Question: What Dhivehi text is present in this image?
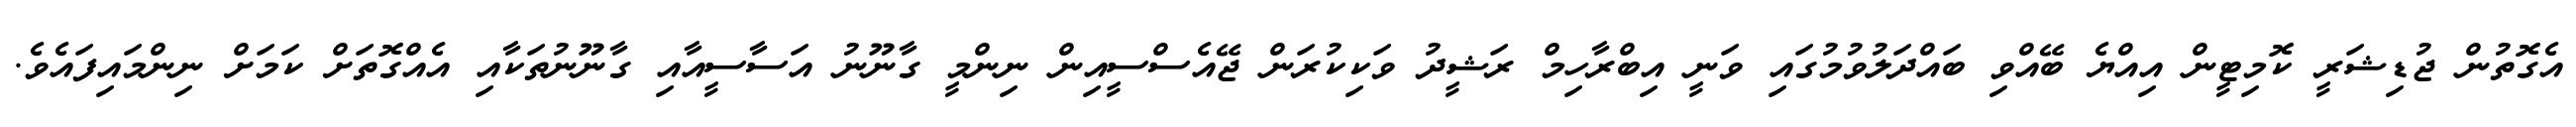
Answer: އެގޮތުން ޖުޑިޝަރީ ކޮމިޓީން އިއްޔެ ބޭއްވި ބައްދަލުވުމުގައި ވަނީ އިބްރާހިމް ރަޝީދު ވަކިކުރަން ޖޭއެސްސީއިން ނިންމީ ގާނޫނު އަސާސީއާއި ގާނޫނުތަކާއި އެއްގޮތަށް ކަމަށް ނިންމައިފައެވެ.